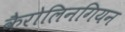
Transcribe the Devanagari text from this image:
कैरोलिनगियन